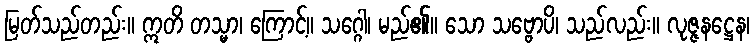
မြတ်သည်တည်း။ ဣတိ တသ္မာ၊ ကြောင့်။ သဂ္ဂေါ၊ မည်၏။ သော သဗ္ဗောပိ၊ သည်လည်း။ လုဇ္ဇနဋ္ဌေန၊